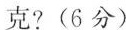
克?(6分)